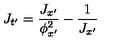
J _ { t ^ { \prime } } = \frac { J _ { x ^ { \prime } } } { \phi _ { x ^ { \prime } } ^ { 2 } } - \frac { 1 } { J _ { x ^ { \prime } } }